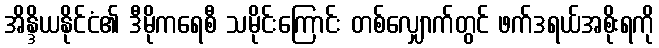
အိန္ဒိယနိုင်ငံ၏ ဒီမိုကရေစီ သမိုင်းကြောင်း တစ်လျှောက်တွင် ဖက်ဒရယ်အစိုးရကို